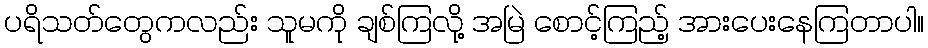
ပရိသတ်တွေကလည်း သူမကို ချစ်ကြလို့ အမြဲ စောင့်ကြည့် အားပေးနေကြတာပါ။